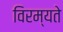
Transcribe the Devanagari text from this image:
विरम्यते